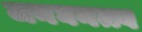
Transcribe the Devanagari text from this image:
जनघनत्त्व